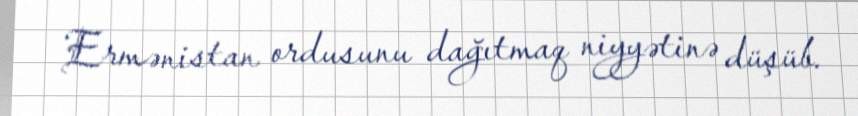
Ermənistan ordusunu dağıtmaq niyyətinə düşüb.